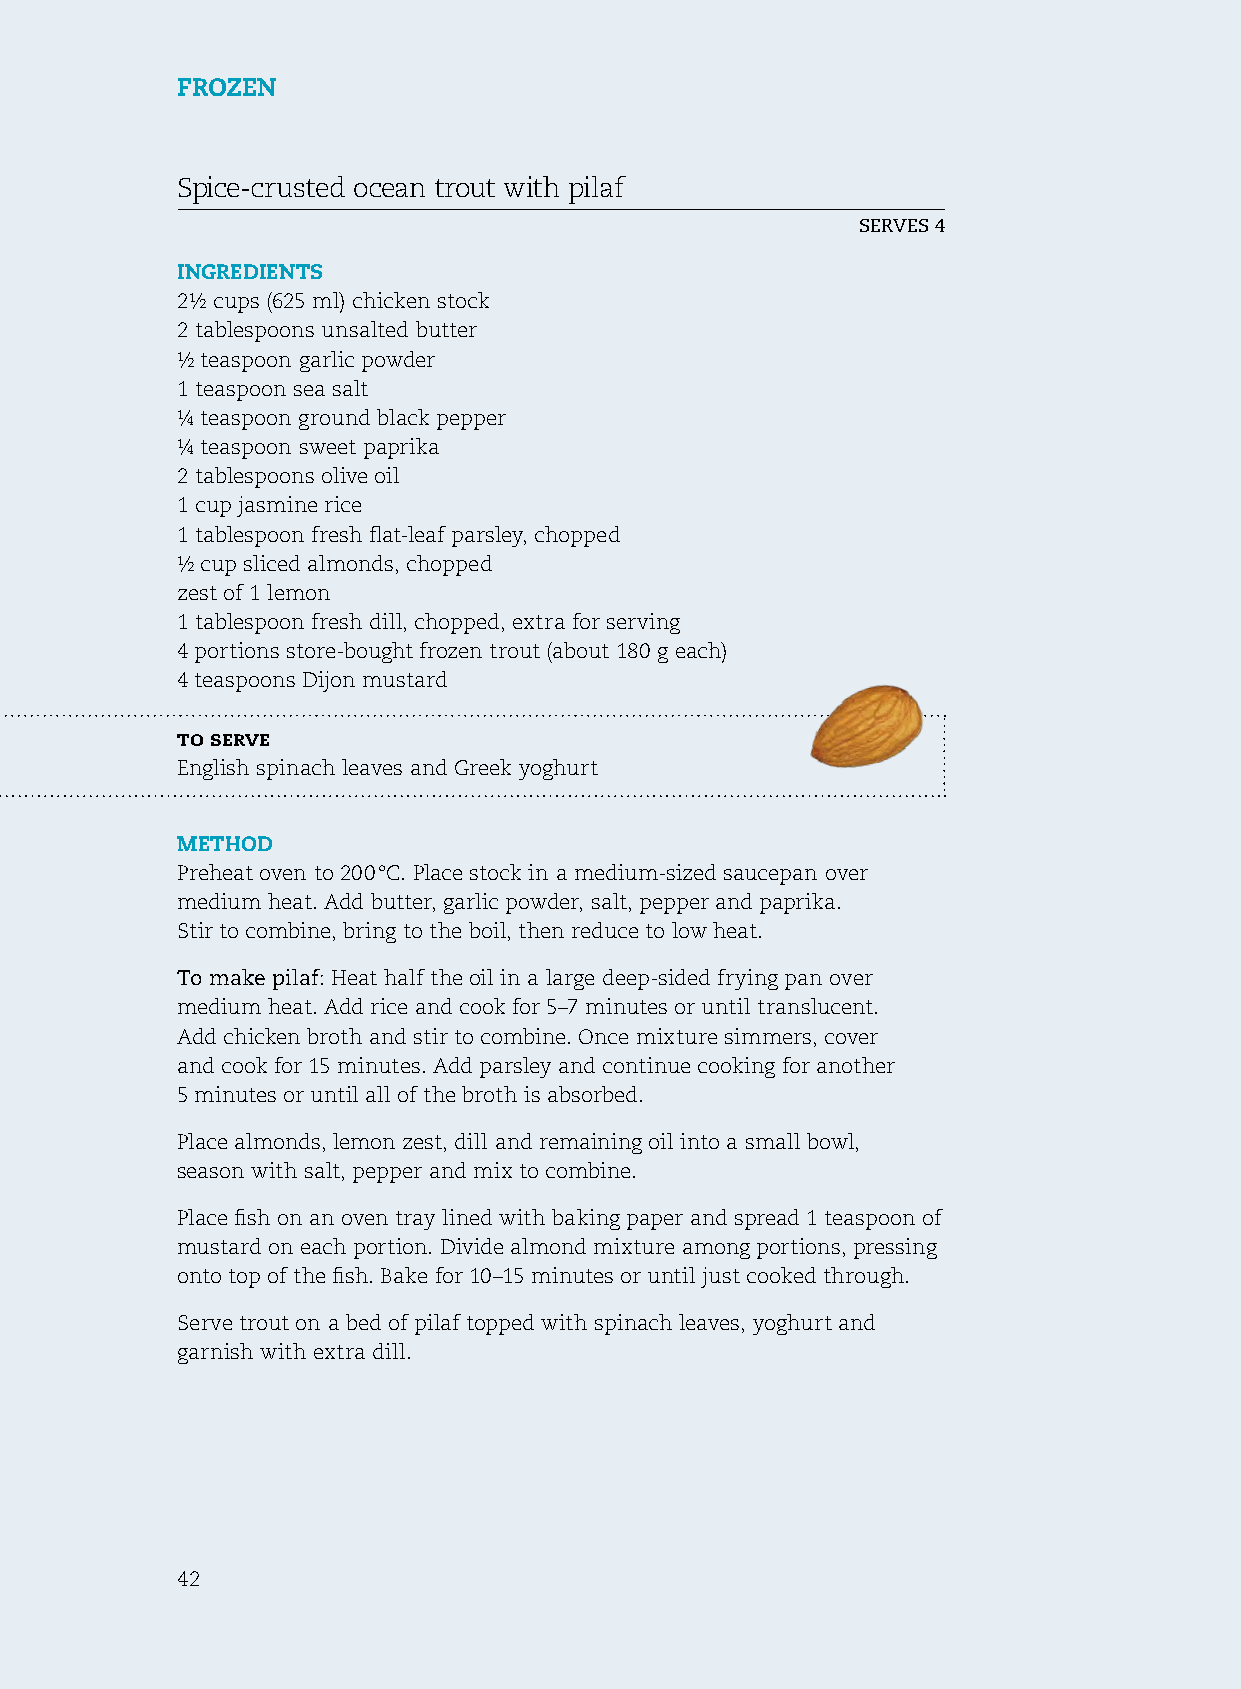
Frozen
 spice-crusted ocean trout with pilaf
 serves 4
 ingredients
 2½ cups (625 ml) chicken stock
 2 tablespoons unsalted butter
 ½ teaspoon garlic powder
 1 teaspoon sea salt
 ¼ teaspoon ground black pepper
 ¼ teaspoon sweet paprika
 2 tablespoons olive oil
 1 cup jasmine rice
 1 tablespoon fresh flat-leaf parsley, chopped
 ½ cup sliced almonds, chopped
 zest of 1 lemon
 1 tablespoon fresh dill, chopped, extra for serving
 4 portions store-bought frozen trout (about 180 g each)
 4 teaspoons Dijon mustard
 to serve
 english spinach leaves and Greek yoghurt
 method
 Preheat oven to 200 °C. Place stock in a medium-sized saucepan over
 medium heat. Add butter, garlic powder, salt, pepper and paprika.
 stir to combine, bring to the boil, then reduce to low heat.
 To make pilaf: heat half the oil in a large deep-sided frying pan over
 medium heat. Add rice and cook for 5–7 minutes or until translucent.
 Add chicken broth and stir to combine. once mixture simmers, cover
 and cook for 15 minutes. Add parsley and continue cooking for another
 5 minutes or until all of the broth is absorbed.
 Place almonds, lemon zest, dill and remaining oil into a small bowl,
 season with salt, pepper and mix to combine.
 Place fish on an oven tray lined with baking paper and spread 1 teaspoon of
 mustard on each portion. Divide almond mixture among portions, pressing
 onto top of the fish. Bake for 10–15 minutes or until just cooked through.
 serve trout on a bed of pilaf topped with spinach leaves, yoghurt and
 garnish with extra dill.
 42